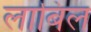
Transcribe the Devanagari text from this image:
लाबिल